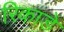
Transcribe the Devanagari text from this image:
रिकाडे